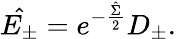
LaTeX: \hat{E_{\pm}}=e^{-\frac{\hat{\Sigma}}{2}}D_{\pm}.